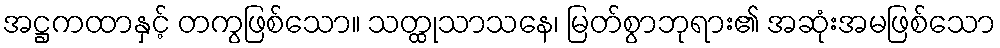
အဋ္ဌကထာနှင့် တကွဖြစ်သော။ သတ္ထုသာသနေ၊ မြတ်စွာဘုရား၏ အဆုံးအမဖြစ်သော